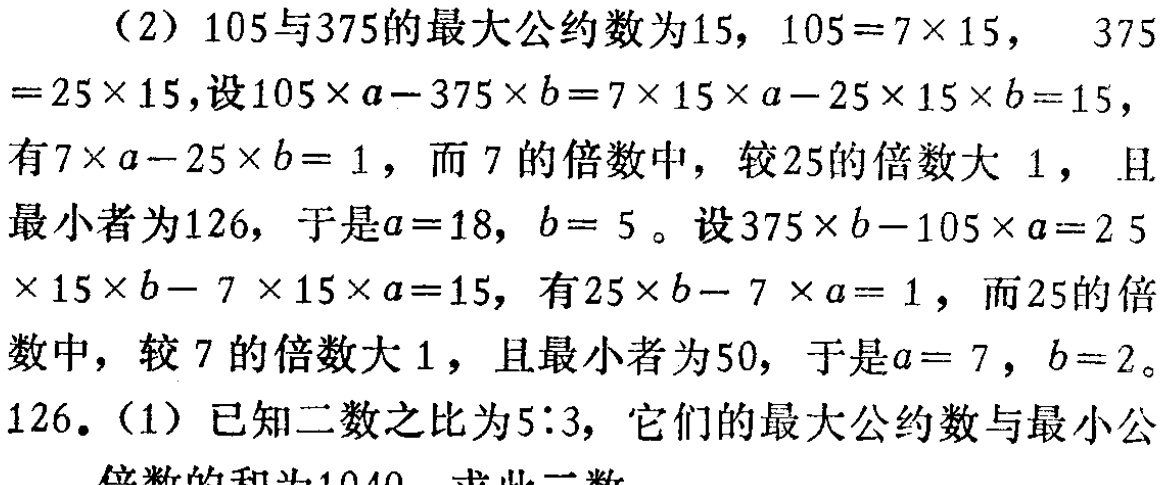
（2）105与375的最大公约数为15，\(105 = 7\times15\)， \(375=25\times15\)，设\(105\times a - 375\times b = 7\times15\times a - 25\times15\times b = 15\)，有\(7\times a - 25\times b = 1\)，而7的倍数中，较25的倍数大1，且最小者为126，于是\(a = 18\)，\(b = 5\)。设\(375\times b - 105\times a = 25\times15\times b - 7\times15\times a = 15\)，有\(25\times b - 7\times a = 1\)，而25的倍数中，较7的倍数大1，且最小者为50，于是\(a = 7\)，\(b = 2\)。

126.（1）已知二数之比为\(5:3\)，它们的最大公约数与最小公倍数的和为1040，求此二数。